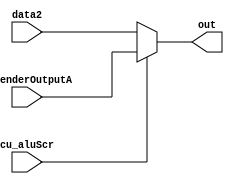
module muxALUScr (data2, extenderOutputA, out, cu_aluScr);
  input cu_aluScr;
  input [31:0] data2;
  input [31:0] extenderOutputA;

  output reg [31:0] out;

  always @ ( * ) begin
    if(cu_aluScr)
      out = extenderOutputA;
    else
      out = data2;
  end
endmodule // muxALUScr